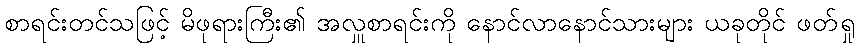
စာရင်းတင်သဖြင့် မိဖုရားကြီး၏ အလှူစာရင်းကို နောင်လာနောင်သားများ ယခုတိုင် ဖတ်ရှု